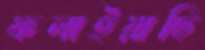
ফলাইয়াছি